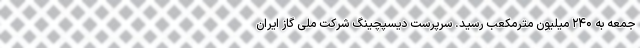
جمعه به ۲۴۰ میلیون مترمکعب رسید. سرپرست دیسپچینگ شرکت ملی گاز ایران